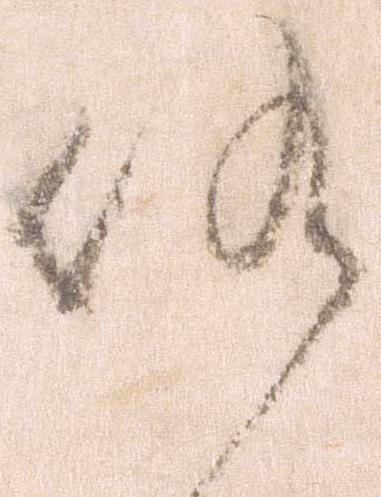
候